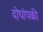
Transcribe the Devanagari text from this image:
दोघांपकी